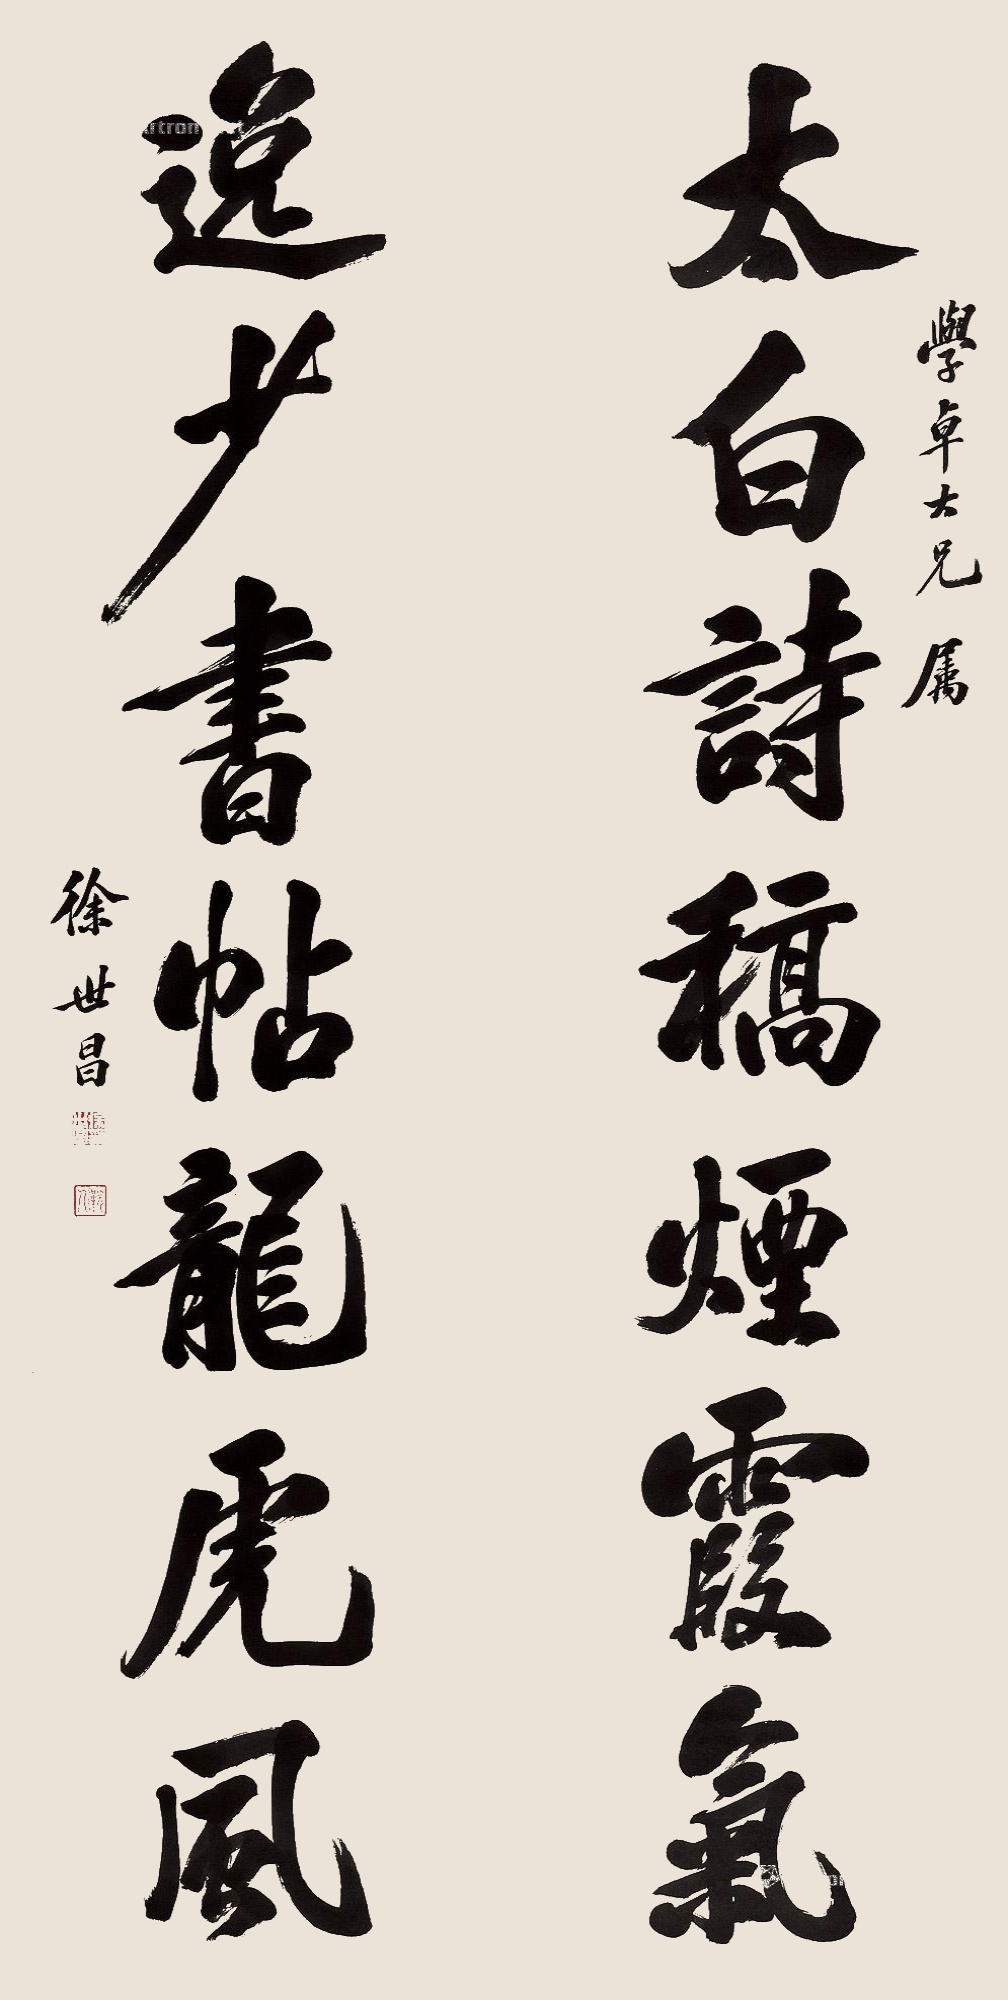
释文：太白诗稿烟霞气，逸少书帖龙虎风。学卓大兄属，徐世昌。